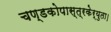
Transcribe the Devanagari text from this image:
चण्डकोपास्त्रकेर्युता।